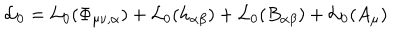
{ \cal L } _ { 0 } = { \cal L } _ { 0 } ( \Phi _ { \mu \nu , \alpha } ) + { \cal L } _ { 0 } ( h _ { \alpha \beta } ) + { \cal L } _ { 0 } ( B _ { \alpha \beta } ) + { \cal L } _ { 0 } ( A _ { \mu } )